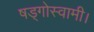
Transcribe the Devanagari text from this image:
षड्गोस्वामी।